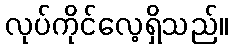
လုပ်ကိုင်လေ့ရှိသည်။